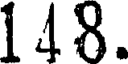
148.